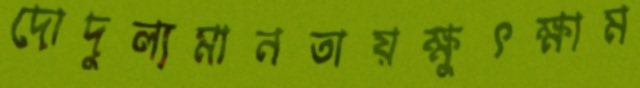
দোদুল্যমানতায়ক্ষুৎক্ষাম